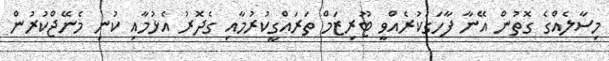
މިސާލެއްގެ ގޮތުން އޭނާ ފާހަގަކުރެއްވީ ޓޫރިޒަމް ތަރައްގީކުރުމާއި ގެދޮރު އެޅުމާއި ކުނި މެނޭޖްކުރުން